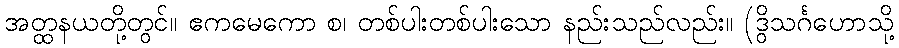
အတ္ထနယတို့တွင်။ ဧကမေကော စ၊ တစ်ပါးတစ်ပါးသော နည်းသည်လည်း။ (ဒွိသင်္ဂဟောသို့